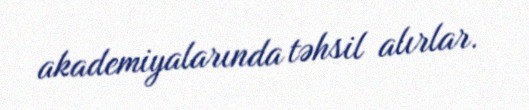
akademiyalarında təhsil alırlar.